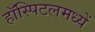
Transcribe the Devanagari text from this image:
हॉस्पिटलमध्यें